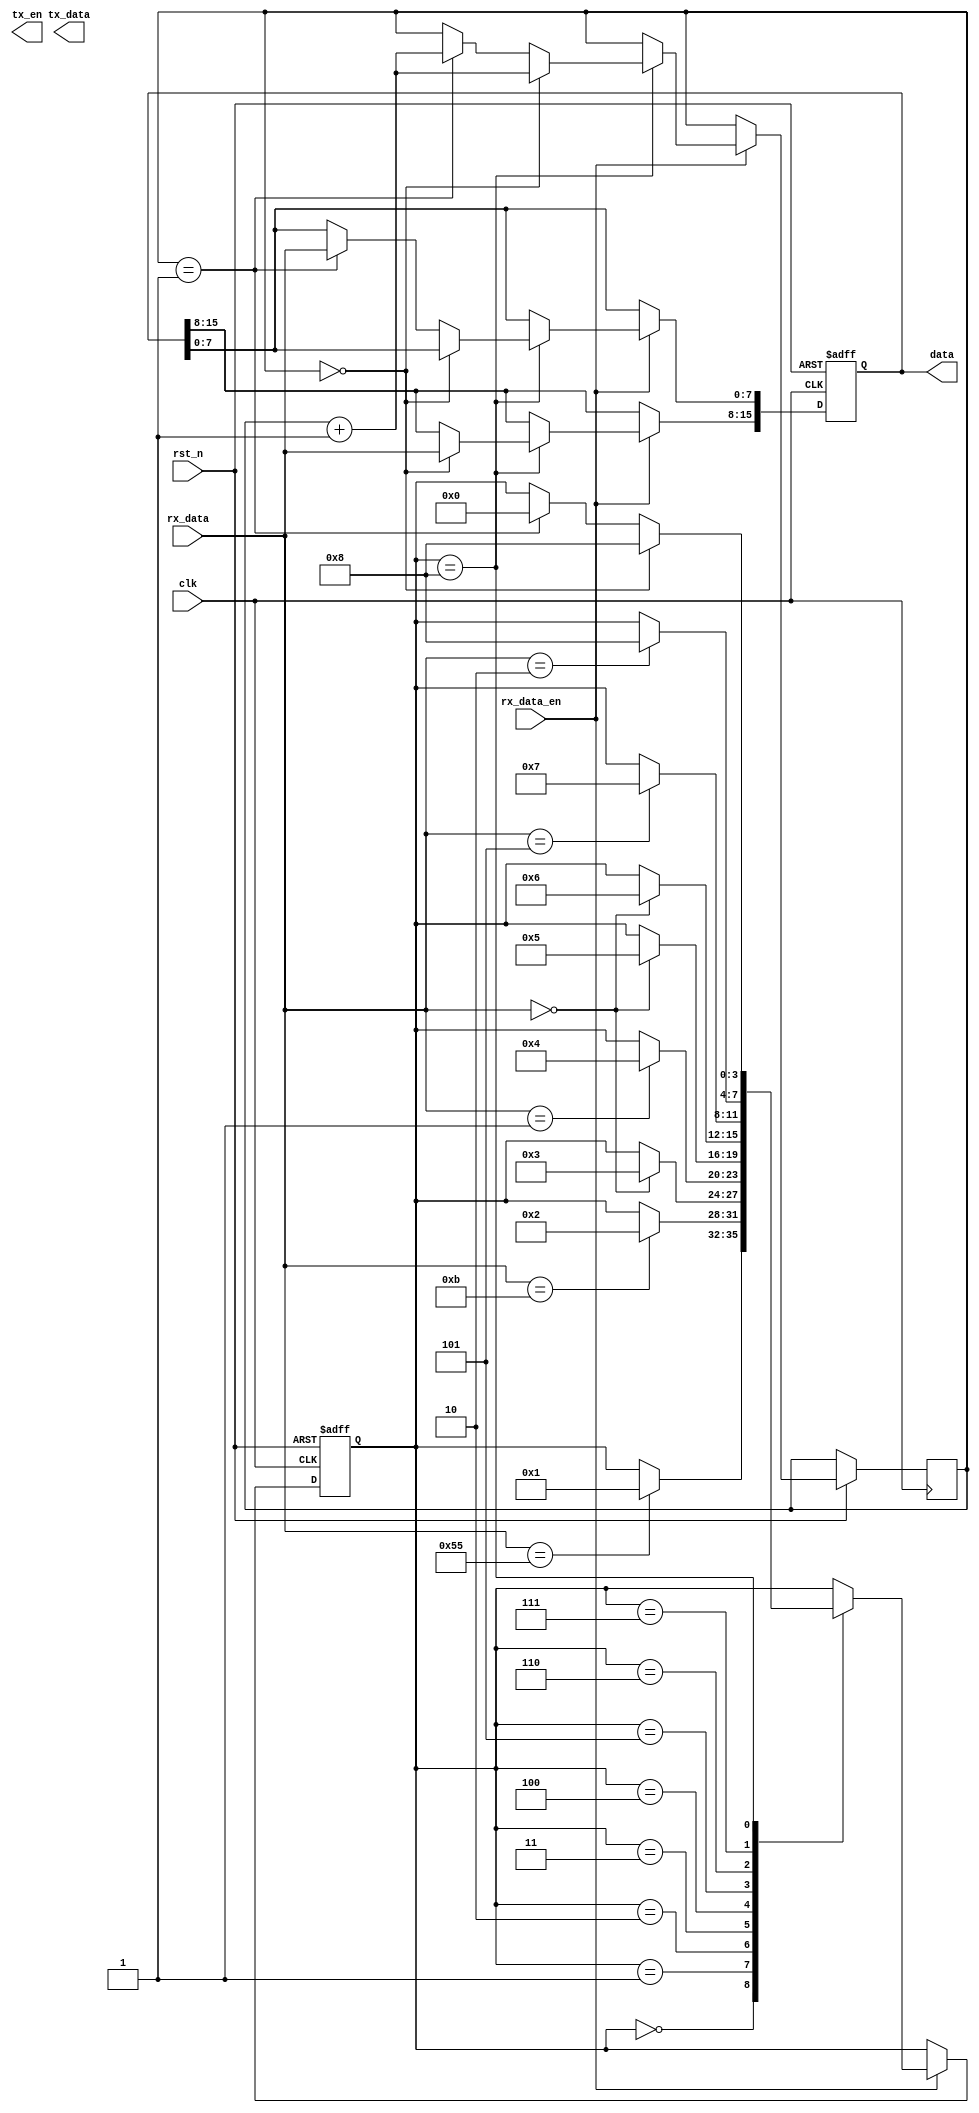
module dist_calculate(
	input				clk,
	input				rst_n,
	
	input				rx_data_en,
	input	[7:0]		rx_data,
	
	output reg [15:0]	data,
	output        	tx_en,                  
   output   [7:0] tx_data
);

reg give_en = 1'b0;

//reg [7:0] data_byte0_h;
//reg [7:0] data_byte0_l;
//reg [7:0] data_byte0_h;
//reg [7:0] data_byte0_l;
//reg [7:0] data_byte0_h;
//reg [7:0] data_byte0_l;
reg [3:0] state,next_state;
reg [2:0] times=3'd0;
parameter	header1 = 4'b0000,
				header2 = 4'b0001,
				addr1 = 4'b0010,
				addr2 = 4'b0011,
				function1 = 4'b0100,
				function2 = 4'b0101,
				function3 = 4'b0110,
				length = 4'b0111,
				receive_data = 4'b1000;
				//receive_data_l = 4'b1001,

always @(posedge clk or negedge rst_n) begin
	if(!rst_n) begin
		//next_state <= 4'b0;
		state <= 4'b0;
		data <= 16'd0;
	end
	else if(rx_data_en) begin
		case(state)
				header1:begin
					if(rx_data==8'h55)
						state <= header2;
				end
				header2:begin
					if(rx_data==8'h0b)
						state <= addr1;
				end
				addr1:begin
					if(rx_data==8'h00)
						state <= addr2;
				end
				addr2:begin
					if(rx_data==8'h01)
						state <= function1;
				end
				function1:begin
					if(rx_data==8'h00)
						state <= function2;
				end
				function2:begin
					if(rx_data==8'h00)
						state <= function3;
				end
				function3:begin
					if(rx_data==8'h05)
						state <= length;
				end
				length:begin
					if(rx_data==8'h02) begin
						state <= receive_data;
						//times <= times + 1'b1;
					end
				end
				receive_data:begin
					if(times==3'd0) begin
						times <= times + 1'b1;
						data[15:8] <= rx_data;
						//data[15:8] <= 8'haa;
						state <= receive_data;
					end
					else if(times==3'd1) begin
						times <= times + 1'b1;
						data[7:0]  <= rx_data;
						//data[15:8] <= rx_data;
						//data[7:0]  <= 8'h55;
						state <= header1;
					end
					/*
					else if(times==3'd2) begin
						times <= times + 1'b1;
						//data[7:0]  <= rx_data;
						data[15:8] <= rx_data;
						//data[7:0]  <= 8'h55;
						//state <= header1;
					end
					else if(times==3'd3) begin
						times <= 3'd0;
						data[7:0]  <= rx_data;
						state <= header1;
					end
					*/
				end

				default : ;
			endcase
		end
end
/*
always @(posedge clk or negedge rst_n) begin
	if(!rst_n)
		state <= 4'b0;
	else
		state <= next_state;
end
*/
//assign tx_en = give_en;
//assign tx_data = (times==3'd0)? data[15:8] : data[7:0];

endmodule